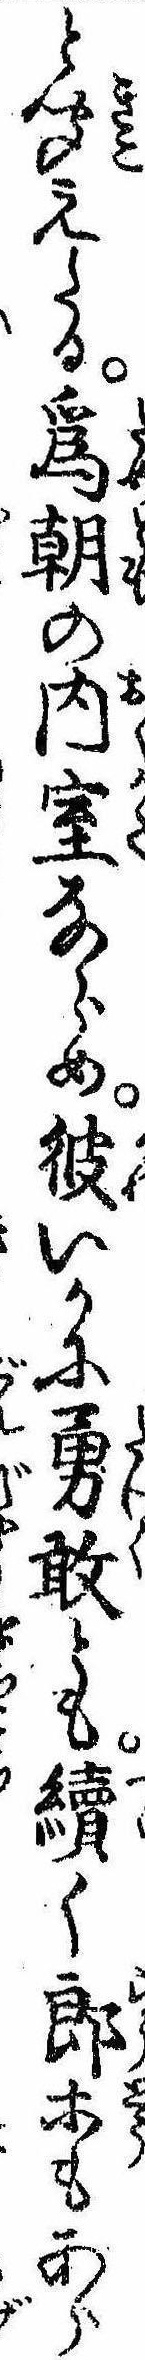
と聞えたる為朝の内室ならめ彼いかに勇敢とも続く郎等もあら